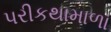
પરીકથામાળા